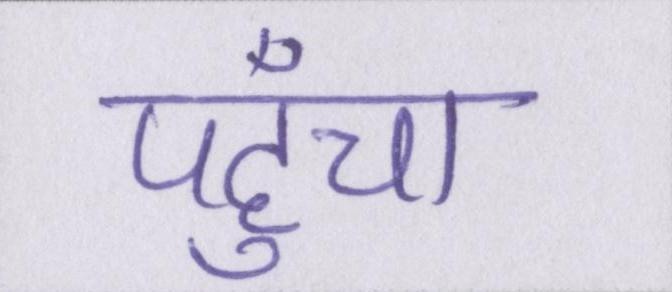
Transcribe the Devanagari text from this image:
पहुँचा